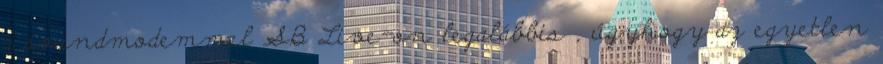
a soundmodemmel SB Live-on legalábbis , úgyhogy az egyetlen